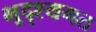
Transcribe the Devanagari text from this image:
भूदृश्यगत